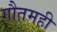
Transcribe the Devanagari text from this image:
गौतमही